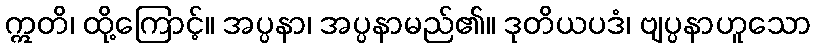
ဣတိ၊ ထို့ကြောင့်။ အပ္ပနာ၊ အပ္ပနာမည်၏။ ဒုတိယပဒံ၊ ဗျပ္ပနာဟူသော